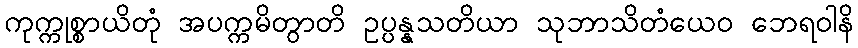
ကုက္ကုစ္စာယိတုံ အပက္ကမိတွာတိ ဥပ္ပန္နသတိယာ သုဘာသိတံယေဝ ဘေရဝါနိ